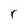
Character: r